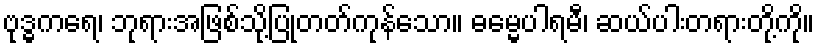
ဗုဒ္ဓကရေ၊ ဘုရားအဖြစ်သို့ပြုတတ်ကုန်သော။ ဓမ္မေပါရမီ၊ ဆယ်ပါးတရားတို့ကို။